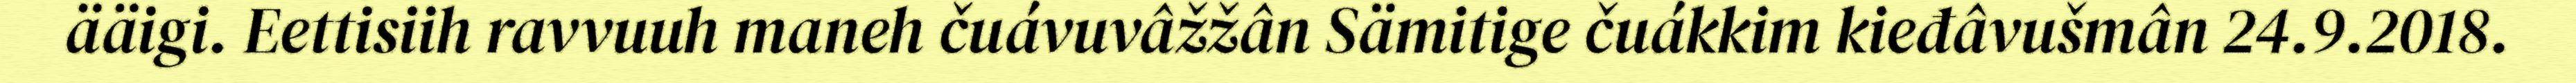
ääigi. Eettisiih ravvuuh maneh čuávuvâžžân Sämitige čuákkim kieđâvušmân 24.9.2018.